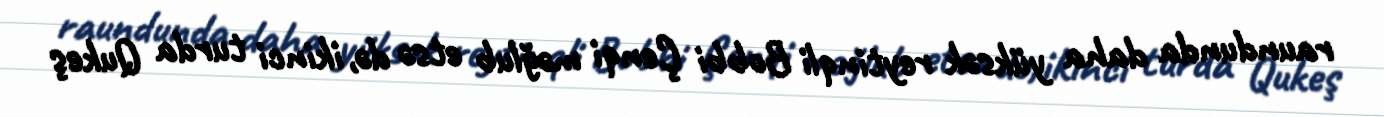
raundunda daha yüksək reytinqli Bobbi Çenqi məğlub etsə də, ikinci turda Qukeş